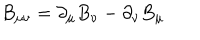
LaTeX: B _ { \mu \nu } = \partial _ { \mu } B _ { \nu } - \partial _ { \nu } B _ { \mu }